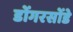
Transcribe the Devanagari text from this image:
डोंगरसोंडे